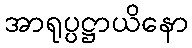
အာရုပ္ပဋ္ဌာယိနော